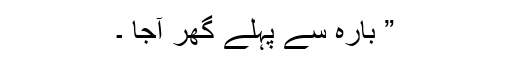
” بارہ سے پہلے گھر آجا ۔